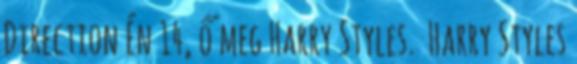
Direction Én 14, ő meg Harry Styles. Harry Styles